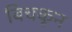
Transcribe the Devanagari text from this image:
बिचकून